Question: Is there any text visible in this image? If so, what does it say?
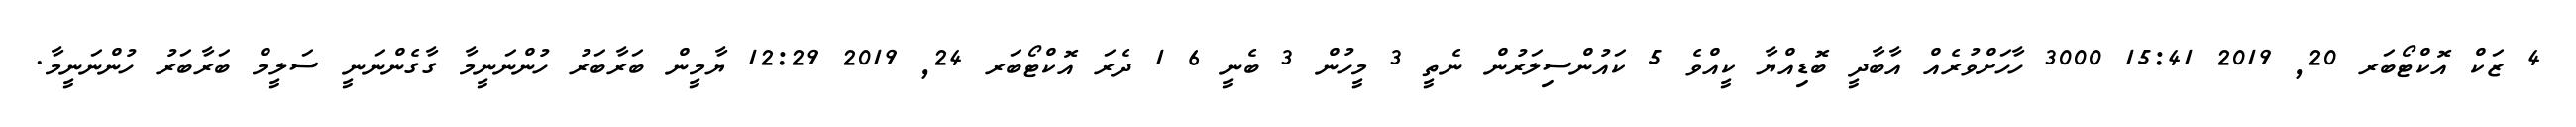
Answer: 4 ޒަކް އޮކްޓޯބަރ 20, 2019 15:41 3000 ހާހަށްވުރެއް އާބާދީ ބޮޑިއްޔާ ކީއްވެ 5 ކައުންސިލަރުން ނެތީ 3 މީހުން 3 ބެނީ 6 1 ދެރަ އޮކްޓޯބަރ 24, 2019 12:29 ޔާމީން ބަރާބަރު ހުންނަނީމާ ގާގެންނަނީ ސަލީމް ބަރާބަރު ހުންނަނީމާ.